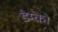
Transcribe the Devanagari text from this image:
डेम्को